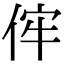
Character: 𠈭